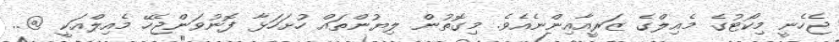
ޖެހެނީ މިކޯޓުގެ މެއިލްގެ ޒަރީއާއިންނެއެވެ. މިގޮތުން ލިޔުންތައް ހުށަހަޅާ ފޮނުވަންޖެހޭ މެއިލްއަކީ @..